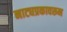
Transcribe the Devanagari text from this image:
नाट्यप्रकावरून